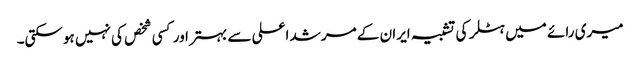
میری رائے میں ہٹلر کی تشبیہ ایران کے مرشد اعلی سے بہتر اور کسی شخص کی نہیں ہوسکتی۔